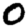
Digit: 0